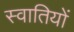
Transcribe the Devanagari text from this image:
स्वातियों